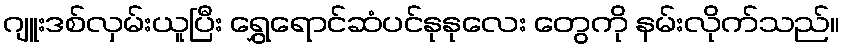
ဂျူးဒစ်လှမ်းယူပြီး ရွှေရောင်ဆံပင်နုနုလေး တွေကို နမ်းလိုက်သည်။